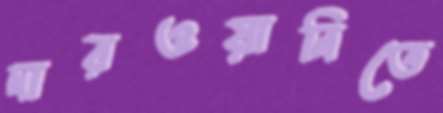
দারওয়ানিতে